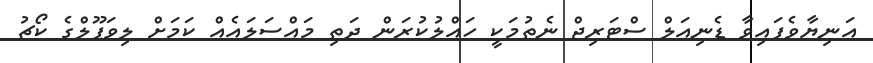
އަނިޔާވެފައިވާ ޑެނިއަލް ސްޓަރިޖް ނެތުމަކީ ހައްލުކުރަން ދަތި މައްސަލައެއް ކަމަށް ލިވަޕޫލްގެ ކޯޗު